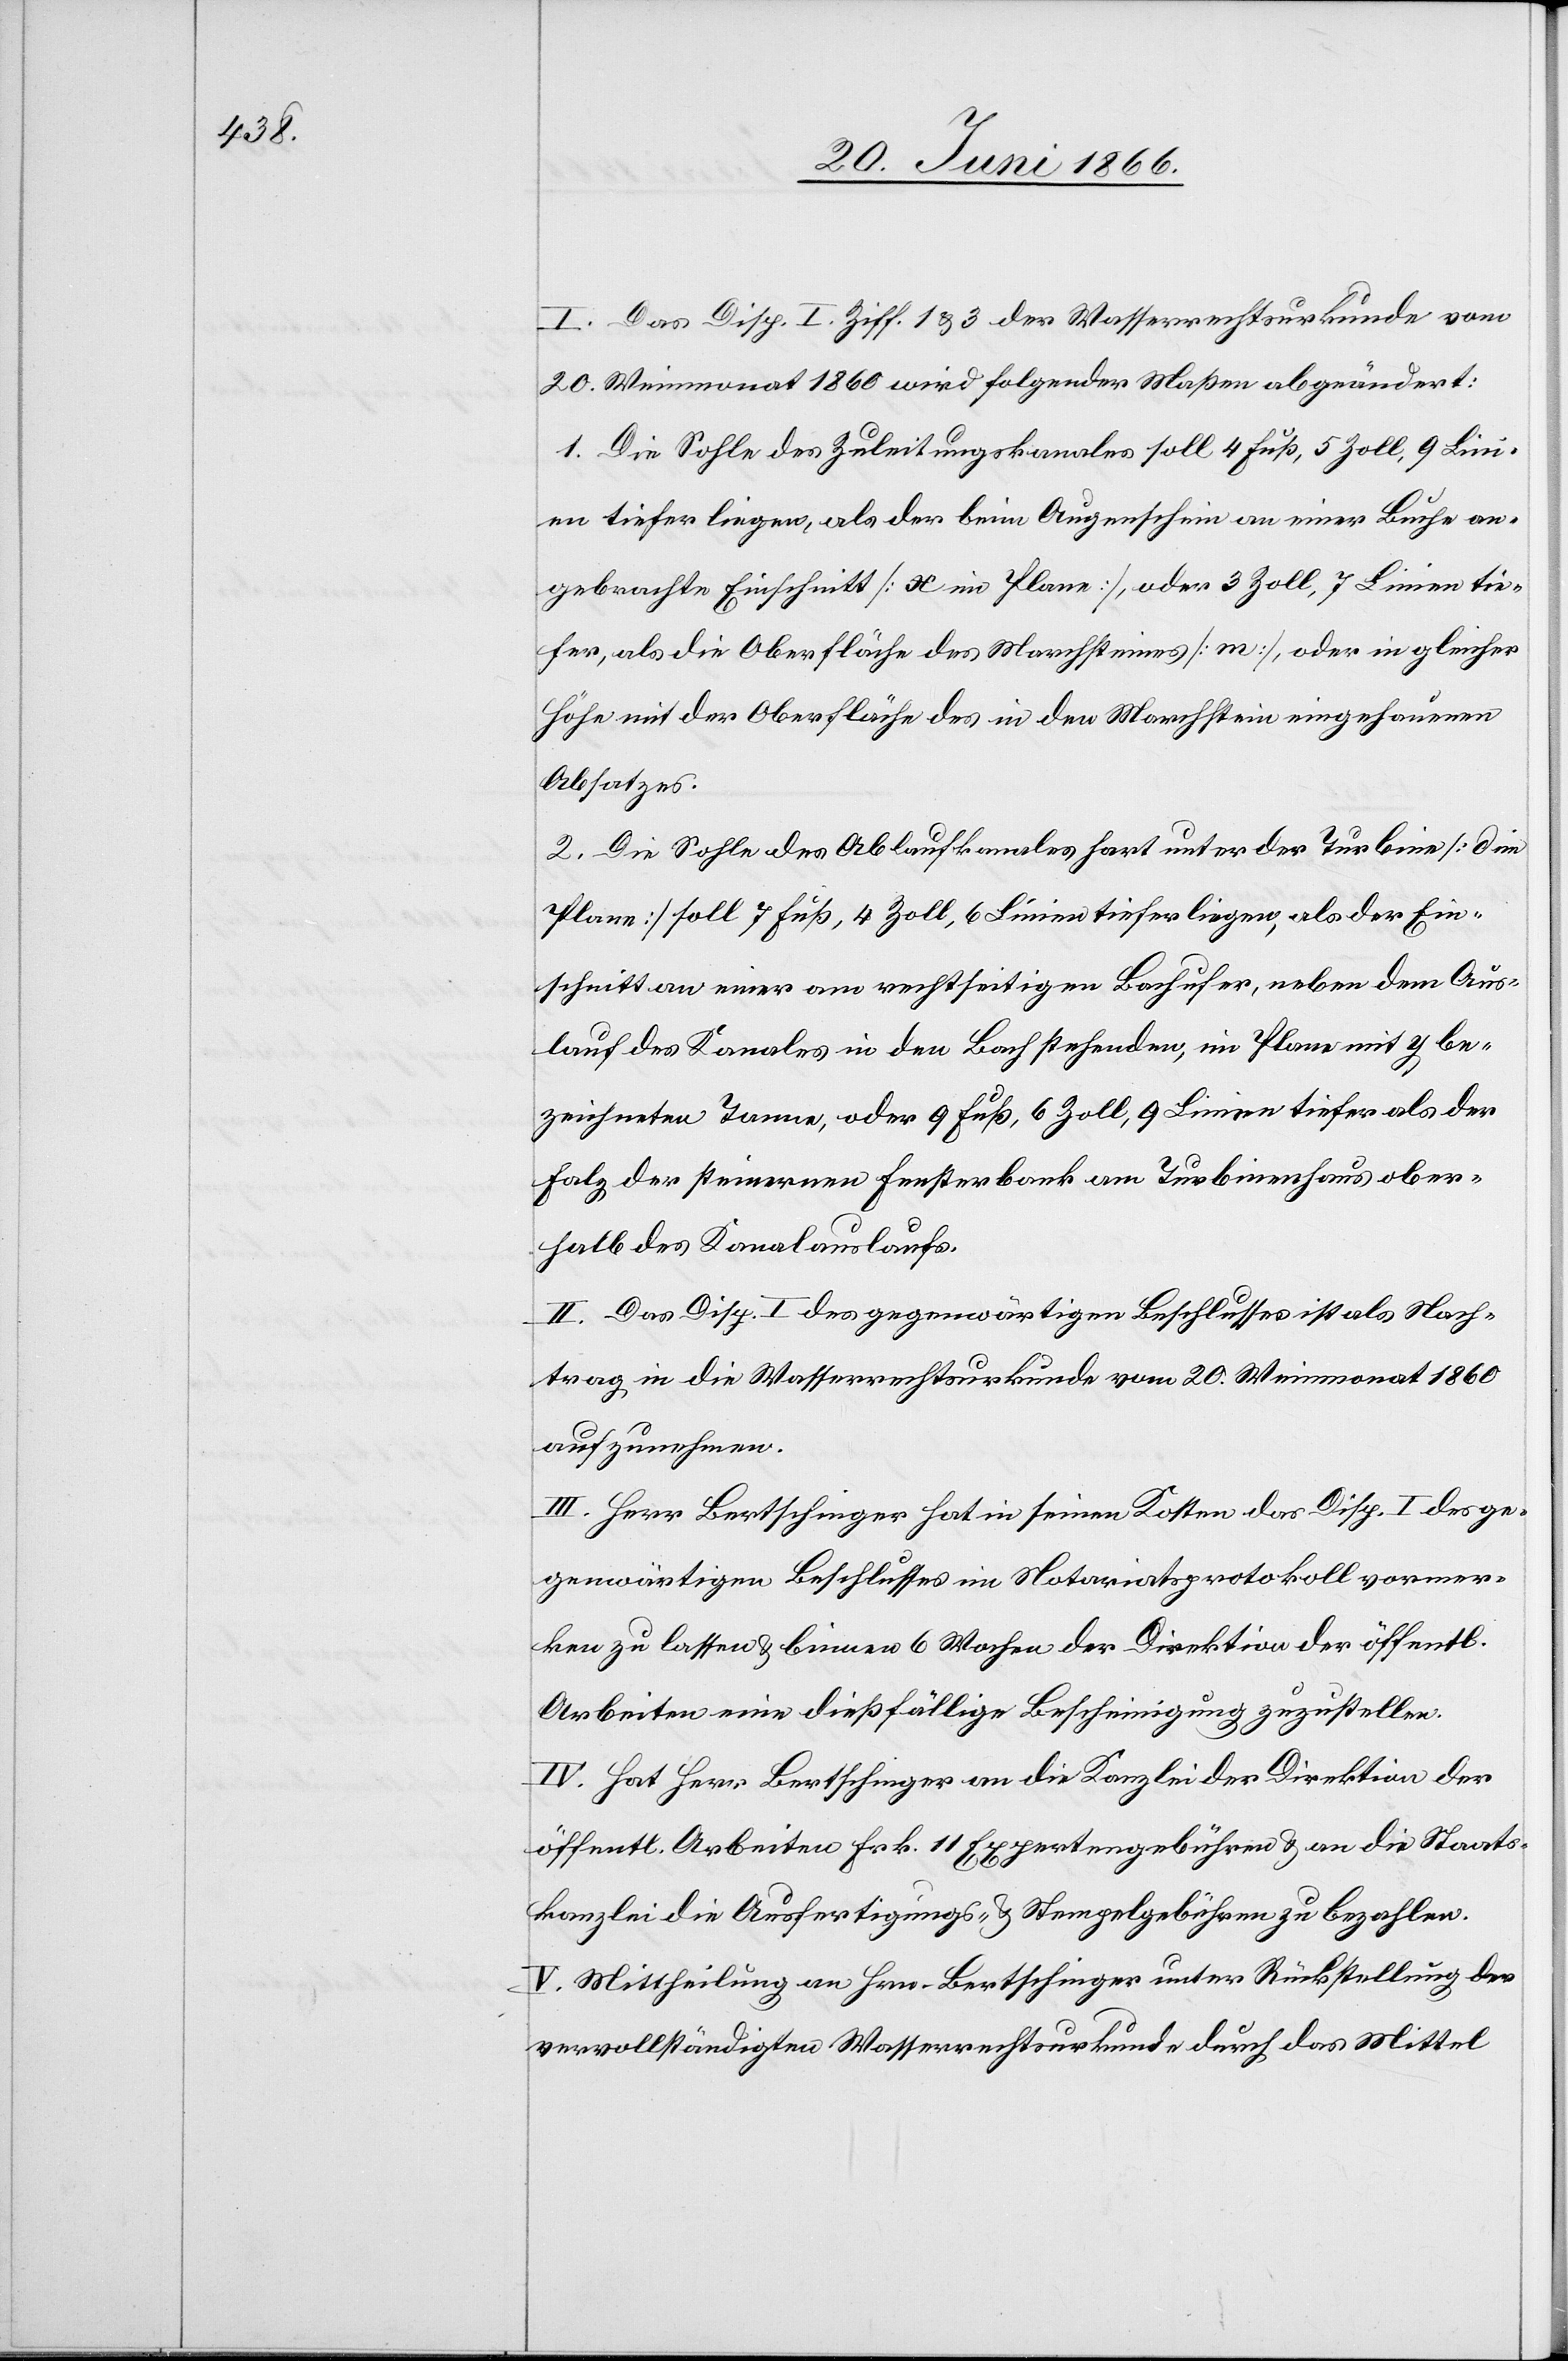
I. Das Disp. I Ziff. 1 u. 3 der Wasserrechtsurkunde vom
20. Weinmonat 1860 wird folgender Maßen abgeändert:
1. Die Sohle des Ablaufkanales hart unter der Turbine [d im
Plane] soll 7 Fuß, 4 Zoll, 6 Linien tiefer liegen, als der Ein¬
schnitt an einer am rechtseitigen Bachufer, neben dem Aus¬
lauf des Kanales in den Bach stehenden, im Plane mit y be¬
zeichneten Tanne, oder 9 Fuß, 6 Zoll, 9 Linien tiefer als der
Falz der steinernen Fensterbank am Turbinenhaus ober¬
halb des Kanalauslaufs.
II. Das Disp I des gegenwärtigen Beschlusses ist als Nach¬
trag in die Wasserrechturkunde vom 20. Weinmonat 1860
aufzunehmen.
III. Herr Bertschinger hat in seinen Kosten das Disp. I des ge¬
genwärtigen Beschlusses im Notariatsprotokoll vormer¬
ken zu lassen u. binnen 6 Wochen der Direktion der öffentl.
Arbeiten eine dießfällige Bescheinigung zuzustellen.
IV. Hat Herr Bertschinger an die Kanzlei der Direktion der
öffentl. Arbeiten Frk. 11 Expertengebühren u. an die Staats¬
kanzlei die Ausfertigungs- u. Stempelgebühren zu bezahlen.
V. Mittheilung an Hrn. Bertschinger unter Rückstellung der
vervollständigten Wasserrechtsurkunde durch das Mittel